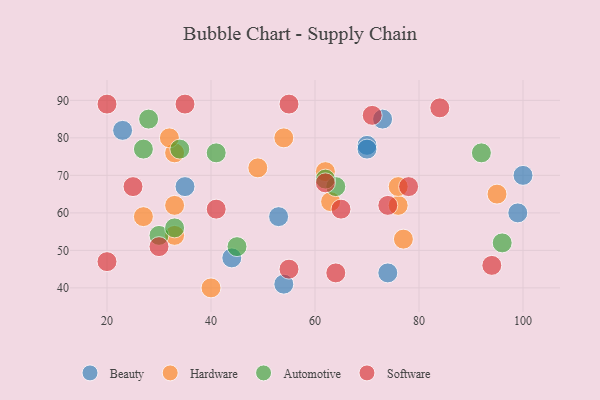
{"axis": {"x": "GDP", "y": "Life Expectancy"}, "legend": ["Automotive", "Beauty", "Hardware", "Software"], "data": [{"x": "53", "y": 59, "type": "Beauty"}, {"x": "100", "y": 70, "type": "Beauty"}, {"x": "23", "y": 82, "type": "Beauty"}, {"x": "54", "y": 41, "type": "Beauty"}, {"x": "70", "y": 78, "type": "Beauty"}, {"x": "73", "y": 85, "type": "Beauty"}, {"x": "74", "y": 44, "type": "Beauty"}, {"x": "44", "y": 48, "type": "Beauty"}, {"x": "99", "y": 60, "type": "Beauty"}, {"x": "70", "y": 77, "type": "Beauty"}, {"x": "35", "y": 67, "type": "Beauty"}, {"x": "33", "y": 76, "type": "Hardware"}, {"x": "33", "y": 62, "type": "Hardware"}, {"x": "62", "y": 71, "type": "Hardware"}, {"x": "54", "y": 80, "type": "Hardware"}, {"x": "63", "y": 63, "type": "Hardware"}, {"x": "77", "y": 53, "type": "Hardware"}, {"x": "49", "y": 72, "type": "Hardware"}, {"x": "33", "y": 54, "type": "Hardware"}, {"x": "95", "y": 65, "type": "Hardware"}, {"x": "40", "y": 40, "type": "Hardware"}, {"x": "32", "y": 80, "type": "Hardware"}, {"x": "27", "y": 59, "type": "Hardware"}, {"x": "76", "y": 62, "type": "Hardware"}, {"x": "76", "y": 67, "type": "Hardware"}, {"x": "34", "y": 77, "type": "Automotive"}, {"x": "92", "y": 76, "type": "Automotive"}, {"x": "64", "y": 67, "type": "Automotive"}, {"x": "30", "y": 54, "type": "Automotive"}, {"x": "62", "y": 69, "type": "Automotive"}, {"x": "27", "y": 77, "type": "Automotive"}, {"x": "41", "y": 76, "type": "Automotive"}, {"x": "33", "y": 56, "type": "Automotive"}, {"x": "96", "y": 52, "type": "Automotive"}, {"x": "45", "y": 51, "type": "Automotive"}, {"x": "28", "y": 85, "type": "Automotive"}, {"x": "64", "y": 44, "type": "Software"}, {"x": "78", "y": 67, "type": "Software"}, {"x": "74", "y": 62, "type": "Software"}, {"x": "25", "y": 67, "type": "Software"}, {"x": "41", "y": 61, "type": "Software"}, {"x": "65", "y": 61, "type": "Software"}, {"x": "55", "y": 45, "type": "Software"}, {"x": "55", "y": 89, "type": "Software"}, {"x": "71", "y": 86, "type": "Software"}, {"x": "30", "y": 51, "type": "Software"}, {"x": "94", "y": 46, "type": "Software"}, {"x": "35", "y": 89, "type": "Software"}, {"x": "20", "y": 47, "type": "Software"}, {"x": "20", "y": 89, "type": "Software"}, {"x": "62", "y": 68, "type": "Software"}, {"x": "84", "y": 88, "type": "Software"}]}